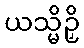
ယသ္မိဉှိ